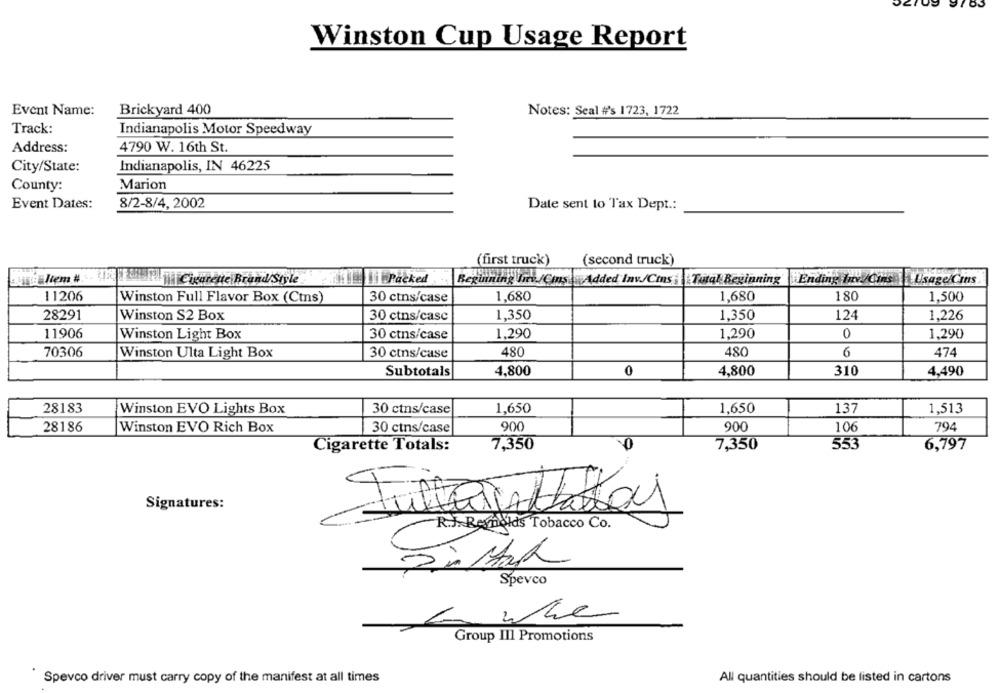
Winston Cup Usage Report
Event Name:
Brickyard 400
Notes: Seal #'s 1723, 1722
Track:
Indianapolis Motor Speedway
Address:
4790 W. 16th St.
City/State:
Indianapolis, IN 46225
County:
Marion
Event Dates:
8/2-8/4, 2002
Date sent to Tax Dept .:
(first truck)
(second truck)
Item # . A
Cigarette Brand/Style
1. 11 Packed
Beginning Inv./Cins Added Inv/Cins Tutal Beginning
Ending Inv./Cins
Usage/Cins
11206
30 ctns/case
1.680
1,680
180
1.500
Winston Full Flavor Box (Ctns)
28291
Winston S2 Box
30 ctns/casc
1.350
1,350
124
1.226
11906
Winston Light Box
30 ctns/case
1,290
1,290
0
1,290
70306
Winston Ulta Light Box
30 ctns/case
480
480
6
474
Subtotals
4,800
0
4,800
310
4,490
28183
1,650
1,650
1,513
Winston EVO Lights Box
30 ctns/case
137
-
28186
Winston EVO Rich Box
30 ctns/case
900
900
106
794
Cigarette Totals:
7,350
7,350
553
6,797
Signatures:
Intentadas
R.J. Reynolds Tobacco Co.
Spevco
whe
Group III Promotions
Spevco driver must carry copy of the manifest at all times
All quantities should be listed in cartons